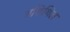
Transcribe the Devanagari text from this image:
अशिथिल